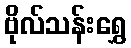
ဗိုလ်သန်းရွှေ